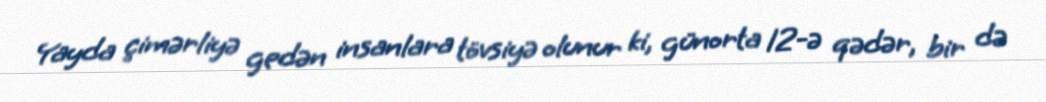
Yayda çimərliyə gedən insanlara tövsiyə olunur ki, günorta 12-ə qədər, bir də